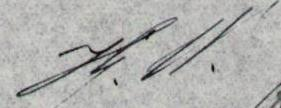
J.W.